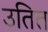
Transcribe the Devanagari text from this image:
उतित